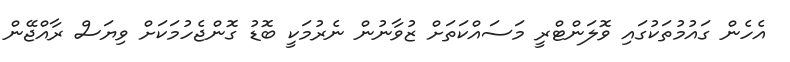
އެހެން ގައުމުތަކުގައި ވޮލަންޓްރީ މަސައްކަތަށް ޒުވާނުން ނެރުމަކީ ބޮޑު ގޮންޖެހުމަކަށް ވިޔަސް ރާއްޖޭން